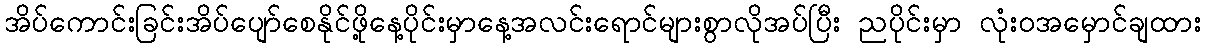
အိပ်ကောင်းခြင်းအိပ်ပျော်စေနိုင်ဖို့နေ့ပိုင်းမှာနေ့အလင်းရောင်များစွာလိုအပ်ပြီး ညပိုင်းမှာ လုံးဝအမှောင်ချထား